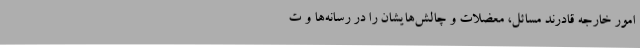
امور خارجه قادرند مسائل، معضلات و چالش‌هایشان را در رسانه‌‌ها و ت